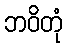
ဘဝိတုံ